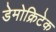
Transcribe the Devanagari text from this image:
डेमोक्रिटेक